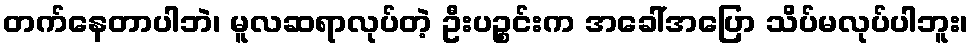
တက်နေတာပါဘဲ၊ မူလဆရာလုပ်တဲ့ ဦးပဉ္စင်းက အခေါ်အပြော သိပ်မလုပ်ပါဘူး၊